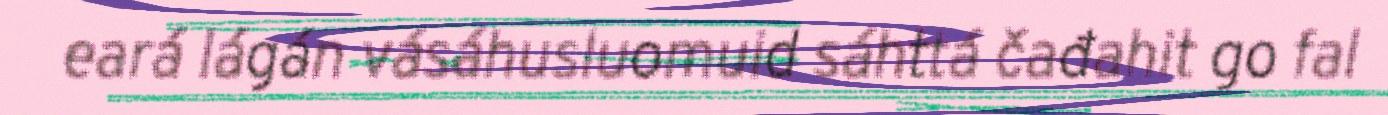
eará lágán vásáhusluomuid sáhttá čađahit go fal